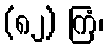
(၈၂) ကြံ၊